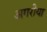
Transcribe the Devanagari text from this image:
अगरीया